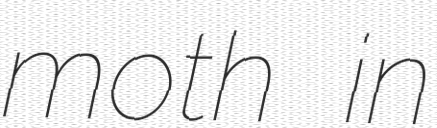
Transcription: moth in